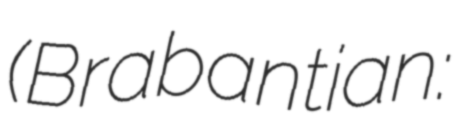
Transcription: (Brabantian: